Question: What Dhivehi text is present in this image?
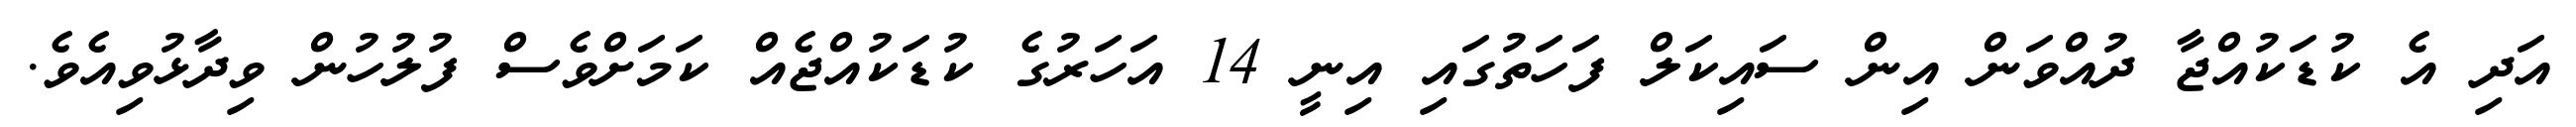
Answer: އަދި އެ ކުޑަކުއްޖާ ދުއްވަން އިން ސައިކަލް ފަހަތުގައި އިނީ 14 އަހަރުގެ ކުޑަކުއްޖެއް ކަމަށްވެސް ފުލުހުން ވިދާޅުވިއެވެ.